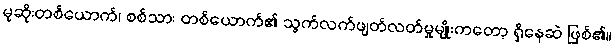
မုဆိုးတစ်ယောက်၊ စစ်သား တစ်ယောက်၏ သွက်လက်ဖျတ်လတ်မှုမျိုးကတော့ ရှိနေဆဲ ဖြစ်၏။